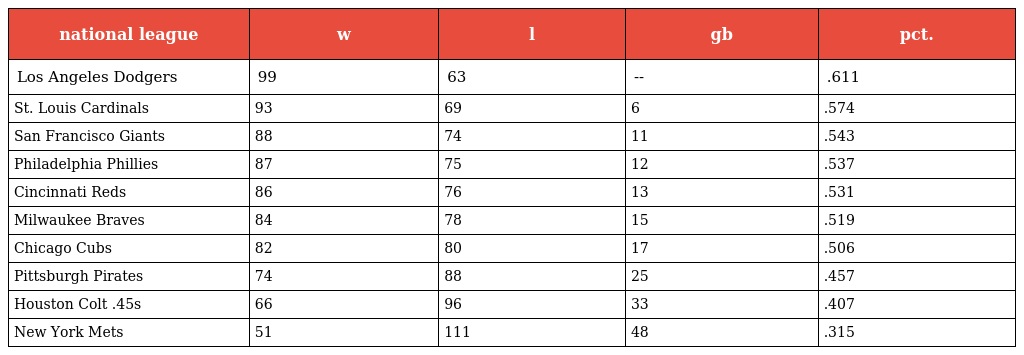
| national league | w | l | gb | pct. |
 | --- | --- | --- | --- | --- |
 | Los Angeles Dodgers | 99 | 63 | -- | .611 |
 | St. Louis Cardinals | 93 | 69 | 6 | .574 |
 | San Francisco Giants | 88 | 74 | 11 | .543 |
 | Philadelphia Phillies | 87 | 75 | 12 | .537 |
 | Cincinnati Reds | 86 | 76 | 13 | .531 |
 | Milwaukee Braves | 84 | 78 | 15 | .519 |
 | Chicago Cubs | 82 | 80 | 17 | .506 |
 | Pittsburgh Pirates | 74 | 88 | 25 | .457 |
 | Houston Colt .45s | 66 | 96 | 33 | .407 |
 | New York Mets | 51 | 111 | 48 | .315 |